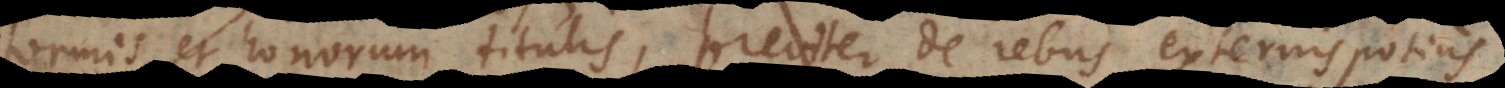
formis, et honorum titulis, breviter de rebus externis potius